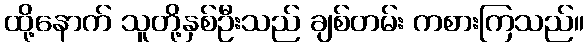
ထို့နောက် သူတို့နှစ်ဦးသည် ချစ်တမ်း ကစားကြသည်။